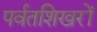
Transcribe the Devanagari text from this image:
पर्वतशिखरों